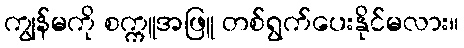
ကျွန်မကို စက္ကူအဖြူ တစ်ရွက်ပေးနိုင်မလား။